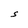
Character: S